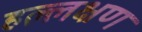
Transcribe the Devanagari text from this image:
हल्लक्षण